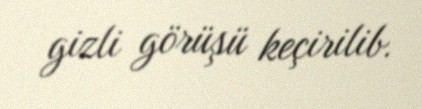
gizli görüşü keçirilib.